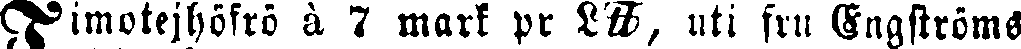
Timotejhöfrö à 7 mark pr Ltt, uti fru Engströms